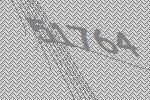
51764